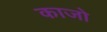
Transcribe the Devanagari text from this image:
काजो